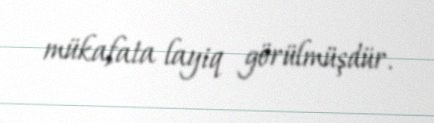
mükafata layiq görülmüşdür.